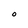
Character: O